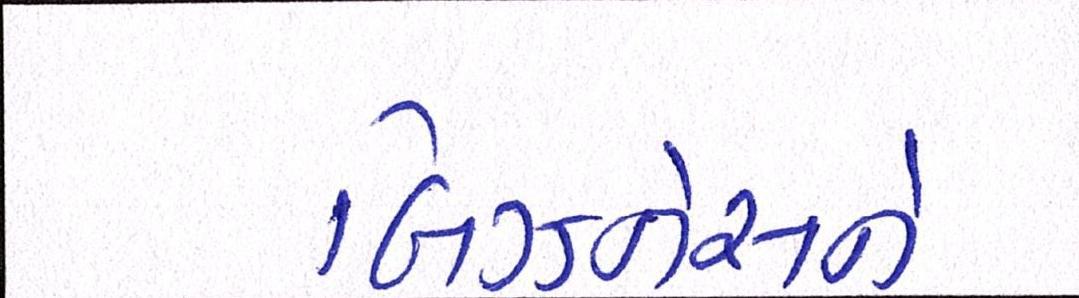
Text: બિઝનેસને